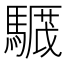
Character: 𩥸